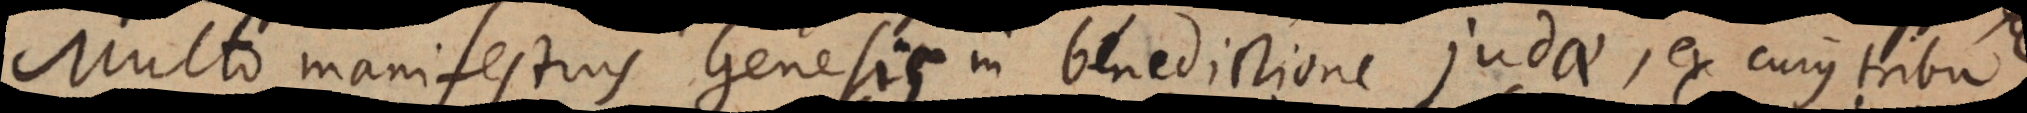
to manifestius Genesis in benedictione Judae, ex cujus tribu